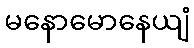
မနောမောနေယျံ